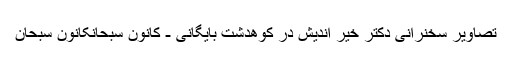
تصاویر سخنرانی دکتر خیر اندیش در کوهدشت بایگانی - کانون سبحانکانون سبحان